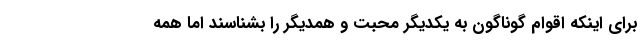
برای اینکه اقوام گوناگون به یکدیگر محبت و همدیگر را بشناسند اما همه